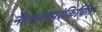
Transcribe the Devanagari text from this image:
नैतस्मादपरंकिंचित्